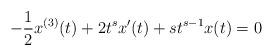
LaTeX: \begin{align*}-\frac{1}{2} x^{(3)} (t)+ 2 t^{s} x^{\prime}(t) + s t^{s-1} x(t)=0\end{align*}